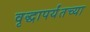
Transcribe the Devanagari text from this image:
वृद्धापर्यंतच्या